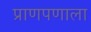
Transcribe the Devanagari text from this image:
प्राणपणाला